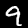
Digit: 9